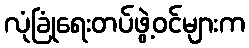
လုံခြုံရေးတပ်ဖွဲ့ဝင်များက